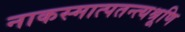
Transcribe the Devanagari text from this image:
नाकस्मात्पतन्त्यश्रूणि